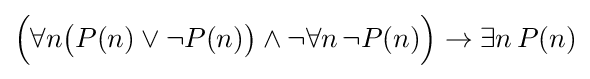
{\Big (}\forall n{\big (}P(n)\vee \neg P(n){\big )}\wedge \neg \forall n\,\neg P(n){\Big )}\rightarrow \exists n\,P(n)